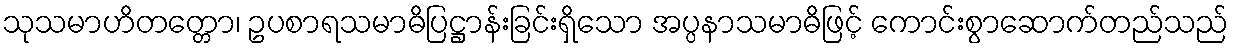
သုသမာဟိတတ္တော၊ ဥပစာရသမာဓိပြဋ္ဌာန်းခြင်းရှိသော အပ္ပနာသမာဓိဖြင့် ကောင်းစွာဆောက်တည်သည်